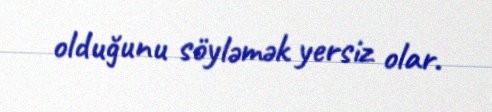
olduğunu söyləmək yersiz olar.